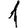
Digit: 1